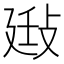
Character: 𢽄